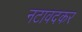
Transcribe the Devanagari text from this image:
नटावदकर